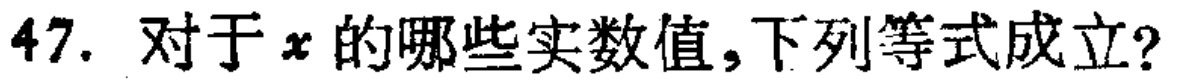
47. 对于\(x\)的哪些实数值，下列等式成立？